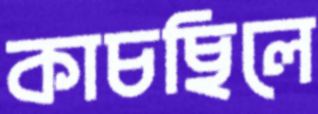
কাচছিলে